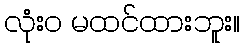
လုံးဝ မထင်ထားဘူး။